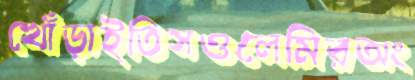
খোঁড়াইতিসওলেমিরঅং